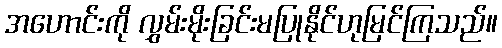
အဟောင်းကို လွှမ်းမိုးခြင်းမပြုနိုင်ဟုမြင်ကြသည်။